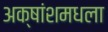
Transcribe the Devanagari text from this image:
अक्षांशमधला